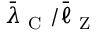
\bar { \lambda } _ { \mathrm { ~ C ~ } } / \bar { \ell } _ { \mathrm { ~ Z ~ } }